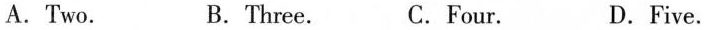
A. Two. B. Three. C.Four. D.Five.